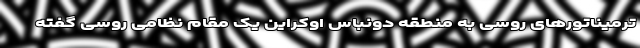
ترمیناتورهای روسی به منطقه دونباس اوکراین یک مقام نظامی روسی گفته